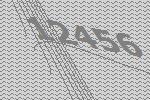
12456